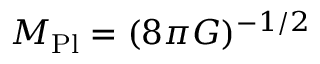
M _ { \mathrm { P l } } = ( 8 \pi G ) ^ { - 1 / 2 }